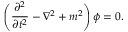
\left( { \frac { \partial ^ { 2 } } { \partial t ^ { 2 } } } - \nabla ^ { 2 } + m ^ { 2 } \right) \phi = 0 .